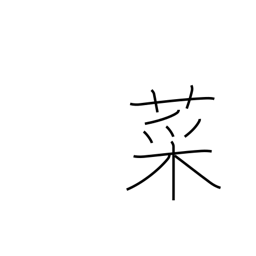
Meaning: greens